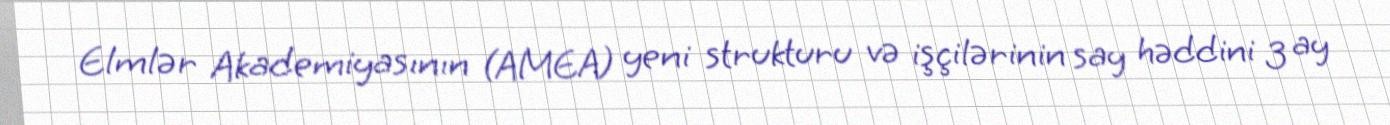
Elmlər Akademiyasının (AMEA) yeni strukturu və işçilərinin say həddini 3 ay